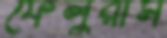
ফেলুরাম